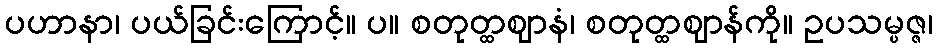
ပဟာနာ၊ ပယ်ခြင်းကြောင့်။ ပ။ စတုတ္ထဈာနံ၊ စတုတ္ထဈာန်ကို။ ဥပသမ္ပဇ္ဇ၊